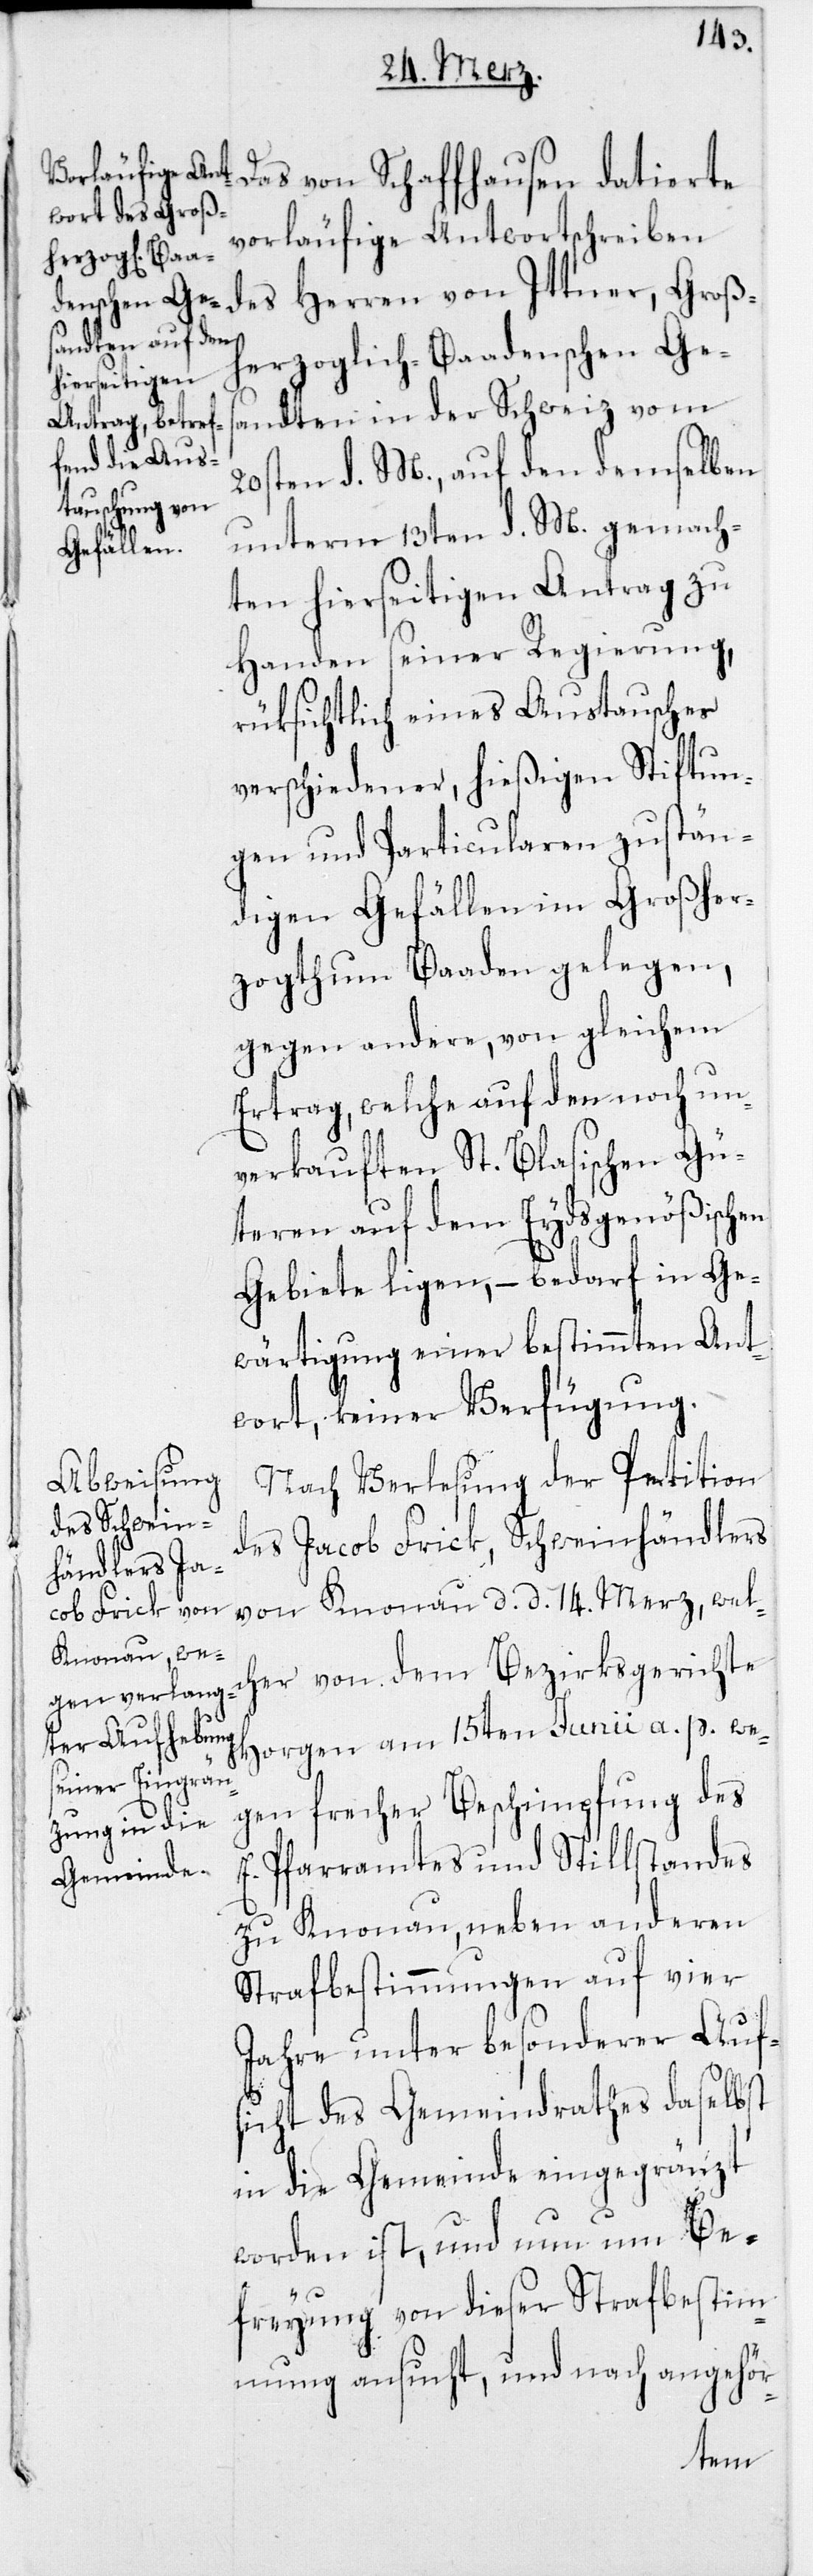
Das von Schaffhausen datierte
vorläufige Antwortschreiben
des Herren von Ittner, Groß¬
herzoglich-Baadenschen Ges¬
andten in der Schweiz vom
20sten d. M., auf den demselben
unterm 13ten d. M. gemach¬
ten hierseitigen Antrag zu
Handen seiner Regierung,
rüksichtlich eines Austausches
verschiedener, hießigen Stiftun¬
gen und Particularen zustän¬
digen Gefällen im Großher¬
zogtum Baaden gelegen,
gegen andere, von gleichem
Ertrag, welche auf den noch un¬
verkauften St. Blasischen Gü¬
teren auf dem Eydsgenößischen
Gebiete liegen, – bedarf in Ge¬
wärtigung einer bestimmten Ant¬
wort, keiner Verfügung.
Nach Verlesung der Petition
des Jacob Frick, Schweinhändlers
von Knonau d. d. 14ten Merz, welch¬
er von dem Bezirksgerichte
Horgen am 15ten Junii a. p. we¬
gen frecher Beschimpfung des
Pfarramtes und Stillstandes
zu Knonau, neben anderen
Strafbestimmungen auf vier
Jahre unter besonderer Auf¬
sicht des Gemeindrathes daselbst
in die Gemeinde eingegränzt
worden ist, und nun um Be¬
freyung von dieser Strafbestim¬
mung ansucht, und nach angehör-